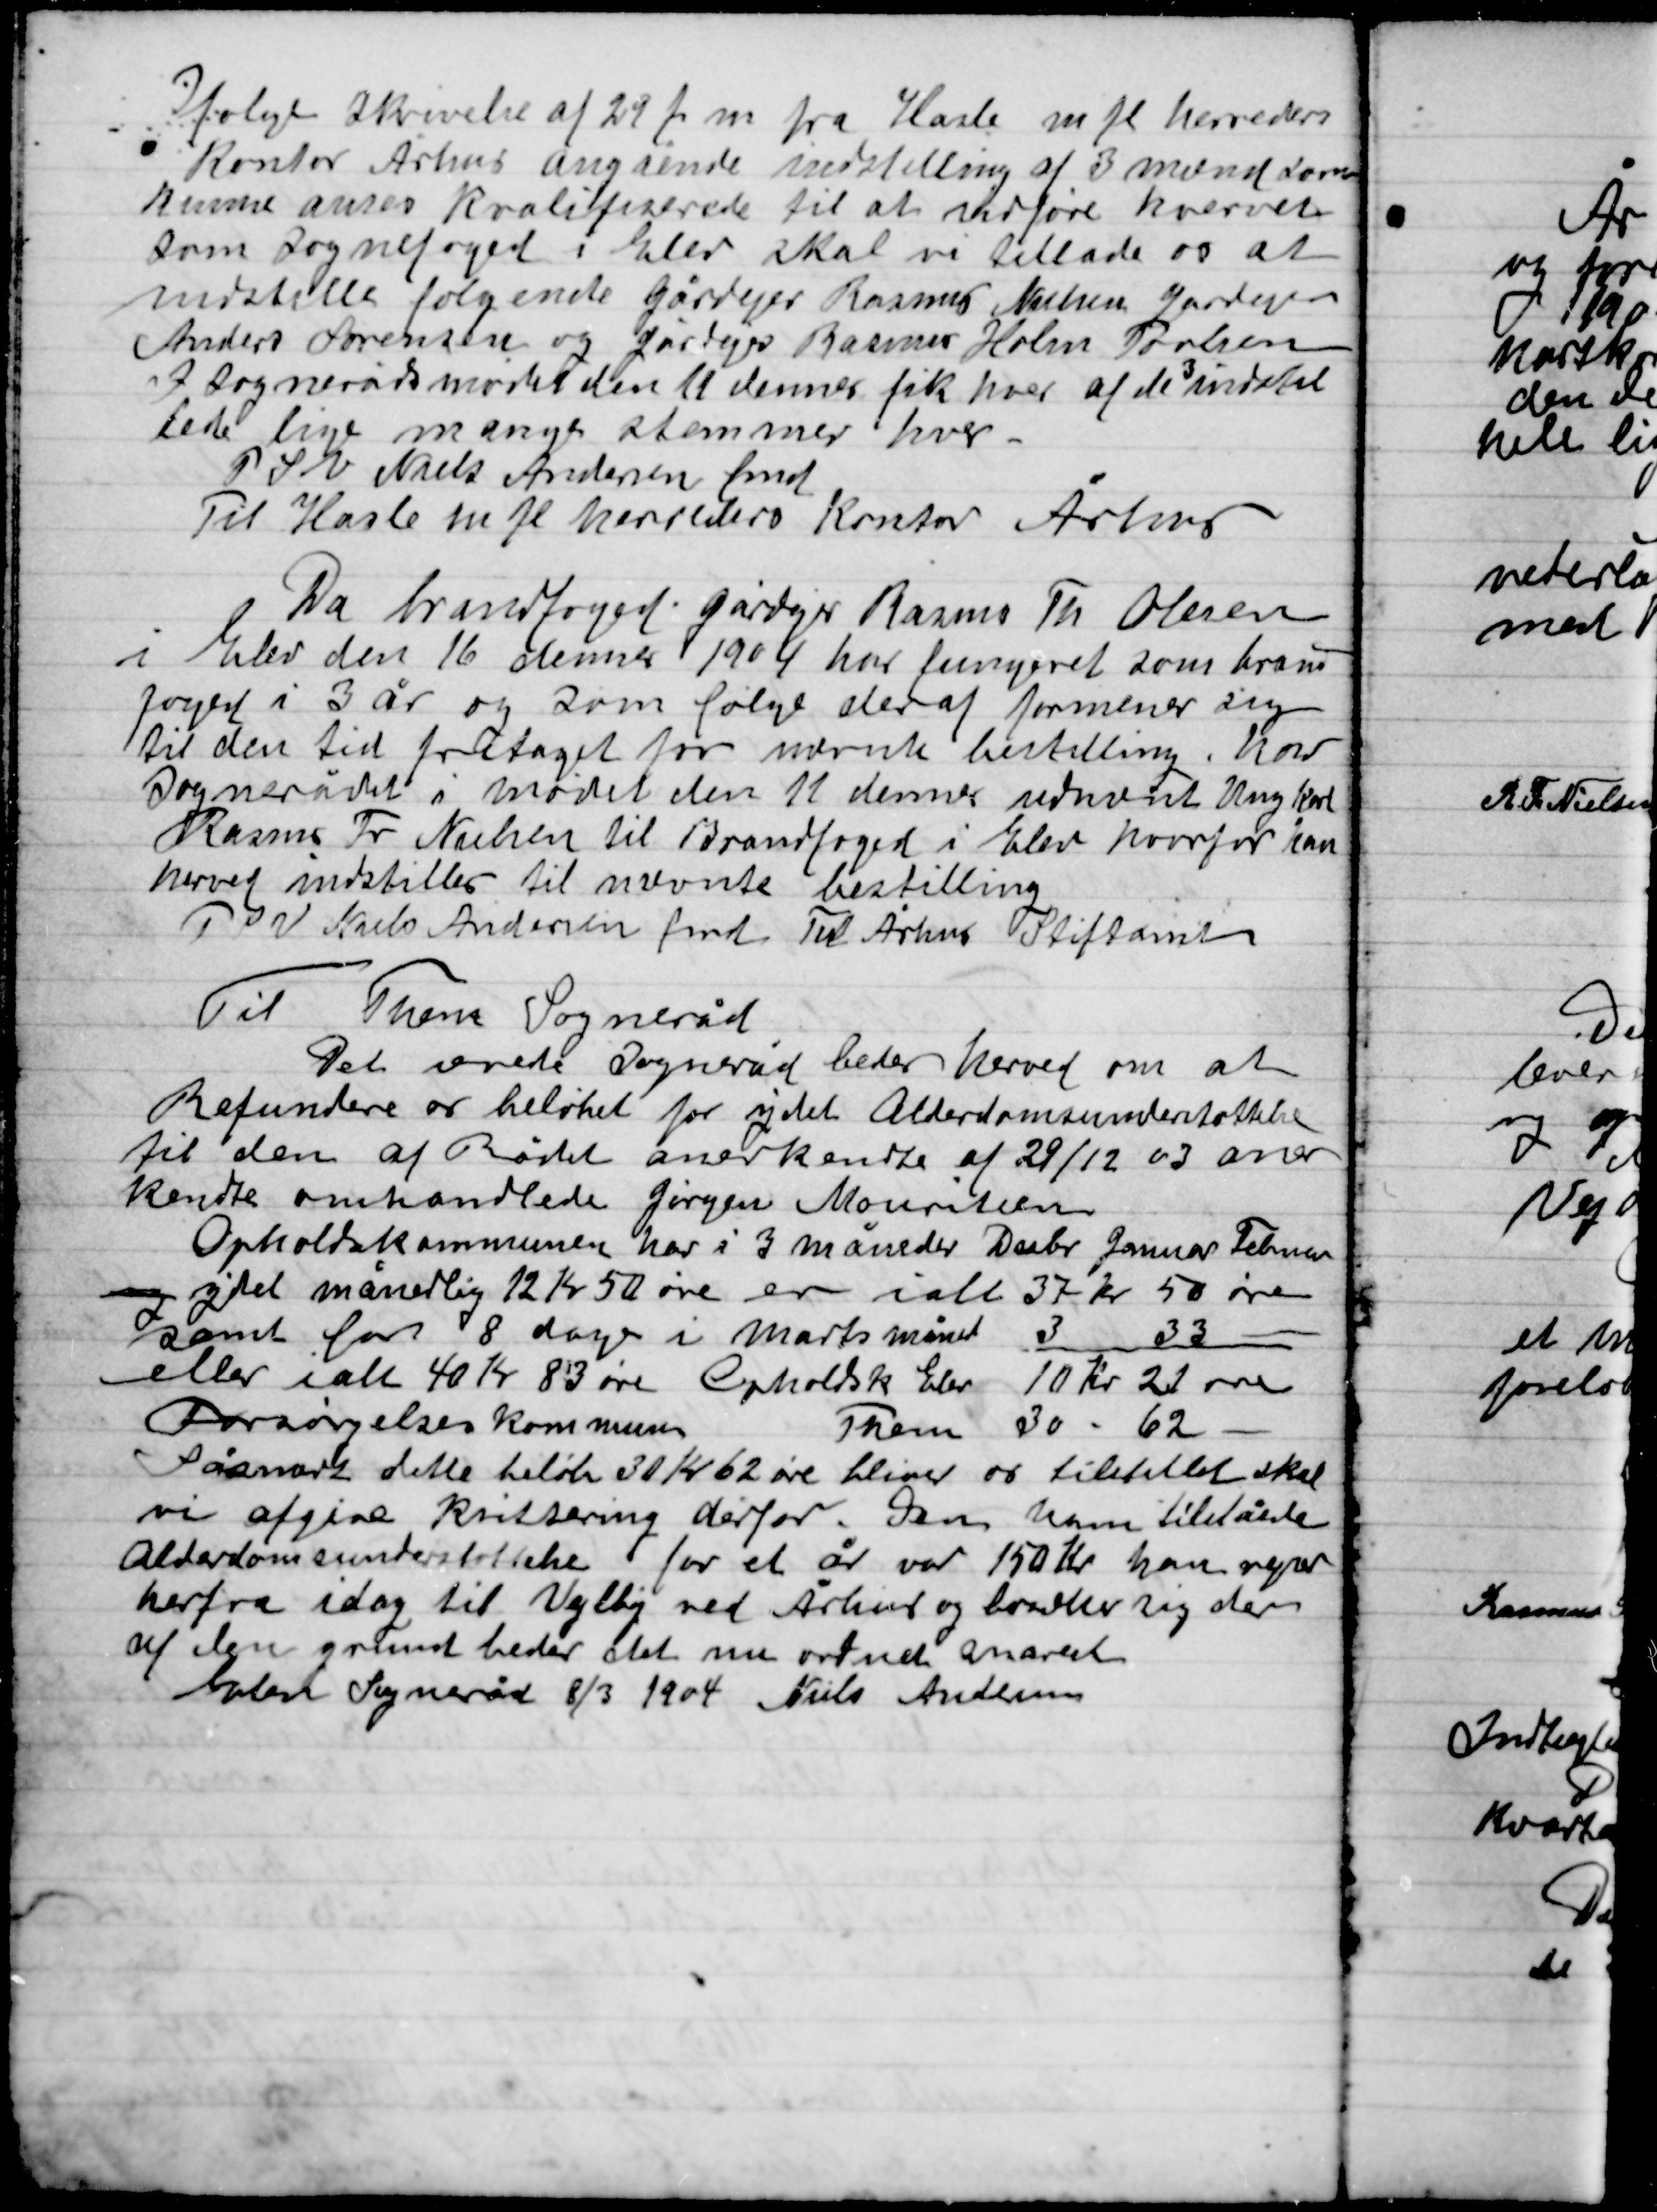
Transskription:
Ifølge skrivelse af 29 f. m. fra Hasle m fl. Herreders
Kontor Århus angående indstilling af 3 mænd som
kunne anses kvalificerede til at udføre hvervet
som Sognefoged i Elev skal vi tillade os at
indstille følgende gårdejere Rasmus Nielsen jordejer
Anders Sørensen og gårdejer Rasmus Holm Povlsen
I Sognerådsmødet en 11 dennes fik hver af de 3 indsti-
llede lige mange stemmer hver.
P.S.V. Niels Andersen fmd.
Til Hasle m.fl. Herreders Kontor Århus.

Da Brandfoged gårdejer Rasmus Th. Olsen
Elev den 16 dennes 1904 hver fungeret som brand-
Foged i 3 år og som følge deraf formener sig
til den tid fritaget for nævnte bestilling. Har
Sognerådet i mødet den 11 dennes udnævnt Ung Karl
Rasmus Fr. Nielsen til Brandfoged i elev hvorfor han
herved indstilles til nævnte bestilling.
T. og v. Niels Andersen fmd. Til Århus Stiftsamt.

Til Them Sogneråd
Det ærede sogneråd bedes herved om at
Refundere os beløbet for ydet Alderdomsunderstøttelse
til den af Rådet anerkendte af 29/12 03 aner
kendte omhandlede Jørgen Mouritsen
Opholdskommunen har i 3 måneder Derfra Januar Februar
Og ydet månedlig 12 Kr. 50 øre er i alt 37 Kr. 50 øre
Samt for 8 dages i marts måned 3 Kr. 33 øre
Eller i alt 40 Kr. 83 øre. Opholdsk. Elev 10 Kr. 21 øre
Forsørgelseskommunen Them 30 Kr. 62 øre
Så snart dette beløb 30 Kr. 62 øre bliver os tilstillet skal
Vi afgive kvittering derfor. Den ham tilståede
Alderdomsunderstøttelse for et år var 150 Kr. han rejser
herfra i dag til Vejlby ved Århus og bosætter sig der
af den grund beder det nu ordnet snart
Elev sogneråd 8/3 1904 Niels Andersen